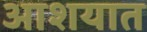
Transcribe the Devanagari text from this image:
आशयात